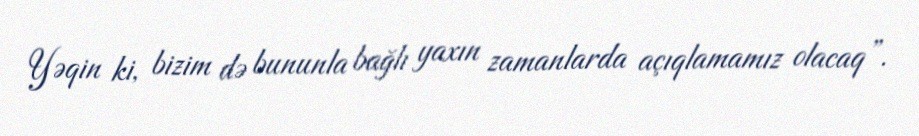
Yəqin ki, bizim də bununla bağlı yaxın zamanlarda açıqlamamız olacaq”.